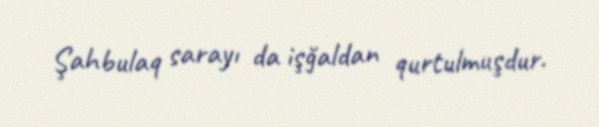
Şahbulaq sarayı da işğaldan qurtulmuşdur.